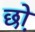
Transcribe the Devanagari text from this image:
छो़